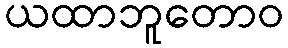
ယထာဘူတောဝ